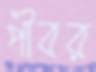
পীবর